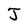
Character: J